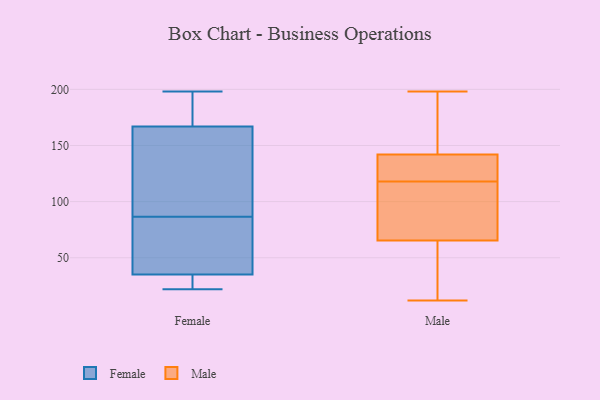
{"axis": {"x": "Market Share (%)", "y": "Value"}, "legend": ["Female", "Male"], "data": [{"x": "", "y": 105, "type": "Female"}, {"x": "", "y": 167, "type": "Female"}, {"x": "", "y": 150, "type": "Female"}, {"x": "", "y": 32, "type": "Female"}, {"x": "", "y": 58, "type": "Female"}, {"x": "", "y": 135, "type": "Female"}, {"x": "", "y": 35, "type": "Female"}, {"x": "", "y": 68, "type": "Female"}, {"x": "", "y": 137, "type": "Female"}, {"x": "", "y": 174, "type": "Female"}, {"x": "", "y": 198, "type": "Female"}, {"x": "", "y": 22, "type": "Female"}, {"x": "", "y": 50, "type": "Female"}, {"x": "", "y": 178, "type": "Female"}, {"x": "", "y": 35, "type": "Female"}, {"x": "", "y": 186, "type": "Female"}, {"x": "", "y": 25, "type": "Female"}, {"x": "", "y": 40, "type": "Female"}, {"x": "", "y": 191, "type": "Male"}, {"x": "", "y": 12, "type": "Male"}, {"x": "", "y": 109, "type": "Male"}, {"x": "", "y": 138, "type": "Male"}, {"x": "", "y": 154, "type": "Male"}, {"x": "", "y": 121, "type": "Male"}, {"x": "", "y": 14, "type": "Male"}, {"x": "", "y": 70, "type": "Male"}, {"x": "", "y": 54, "type": "Male"}, {"x": "", "y": 192, "type": "Male"}, {"x": "", "y": 125, "type": "Male"}, {"x": "", "y": 118, "type": "Male"}, {"x": "", "y": 23, "type": "Male"}, {"x": "", "y": 114, "type": "Male"}, {"x": "", "y": 69, "type": "Male"}, {"x": "", "y": 128, "type": "Male"}, {"x": "", "y": 198, "type": "Male"}]}